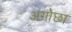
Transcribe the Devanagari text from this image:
अंगोछा